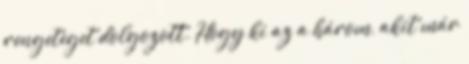
rengeteget dolgozott. Hogy ki az a három, akit már